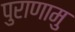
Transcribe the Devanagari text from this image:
पुराणामु